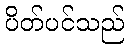
ပိတ်ပင်သည်